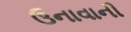
ઉનાવાની